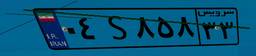
۰۴S۸۵۸۳۳